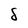
Character: 8